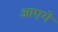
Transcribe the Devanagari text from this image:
आएगे